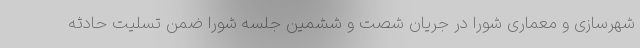
شهرسازی و معماری شورا در جریان شصت و ششمین جلسه شورا ضمن تسلیت حادثه